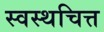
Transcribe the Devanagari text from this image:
स्वस्थचित्त